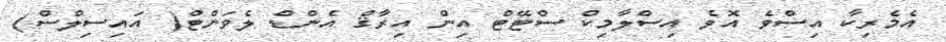
އެމެރިކާ އިސްވެ އޮވެ އިސްލާމިކް ސްޓޭޓް އިން އިރާޤް އެންޑް ލެވަންޓް( އައިސިލްސް)